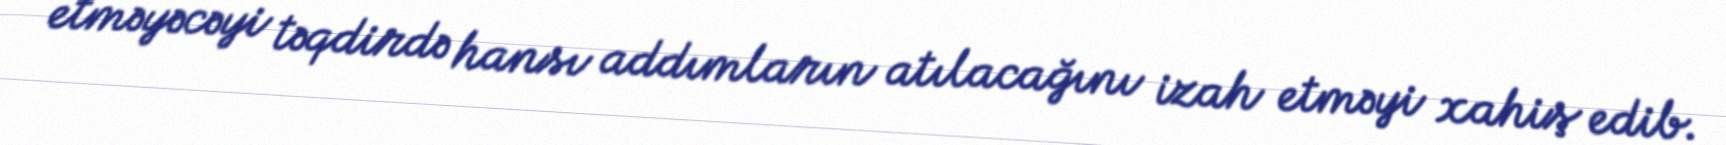
etməyəcəyi təqdirdə hansı addımların atılacağını izah etməyi xahiş edib.